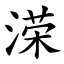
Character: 溁